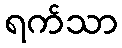
ရက်သာ